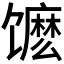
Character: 𬳔